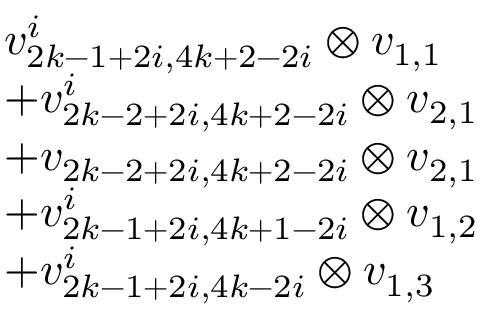
\begin{array} { r l } & { v _ { 2 k - 1 + 2 i , 4 k + 2 - 2 i } ^ { i } \otimes v _ { 1 , 1 } } \\ & { + v _ { 2 k - 2 + 2 i , 4 k + 2 - 2 i } ^ { i } \otimes v _ { 2 , 1 } } \\ & { + v _ { 2 k - 2 + 2 i , 4 k + 2 - 2 i } \otimes v _ { 2 , 1 } } \\ & { + v _ { 2 k - 1 + 2 i , 4 k + 1 - 2 i } ^ { i } \otimes v _ { 1 , 2 } } \\ & { + v _ { 2 k - 1 + 2 i , 4 k - 2 i } ^ { i } \otimes v _ { 1 , 3 } } \end{array}